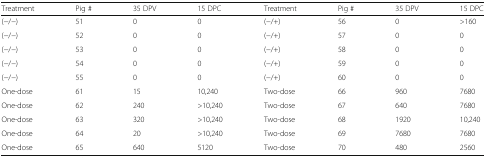
| Treatment | Pig # | 35 DPV | 15 DPC | Treatment | Pig # | 35 DPV | 15 DPC |
 | --- | --- | --- | --- | --- | --- | --- | --- |
 | (−/−) | 51 | 0 | 0 | (−/+) | 56 | 0 | >160 |
 | (−/−) | 52 | 0 | 0 | (−/+) | 57 | 0 | 0 |
 | (−/−) | 53 | 0 | 0 | (−/+) | 58 | 0 | 0 |
 | (−/−) | 54 | 0 | 0 | (−/+) | 59 | 0 | 0 |
 | (−/−) | 55 | 0 | 0 | (−/+) | 60 | 0 | 0 |
 | One-dose | 61 | 15 | 10,240 | Two-dose | 66 | 960 | 7680 |
 | One-dose | 62 | 240 | >10,240 | Two-dose | 67 | 640 | 7680 |
 | One-dose | 63 | 320 | >10,240 | Two-dose | 68 | 1920 | 10,240 |
 | One-dose | 64 | 20 | >10,240 | Two-dose | 69 | 7680 | 7680 |
 | One-dose | 65 | 640 | 5120 | Two-dose | 70 | 480 | 2560 |